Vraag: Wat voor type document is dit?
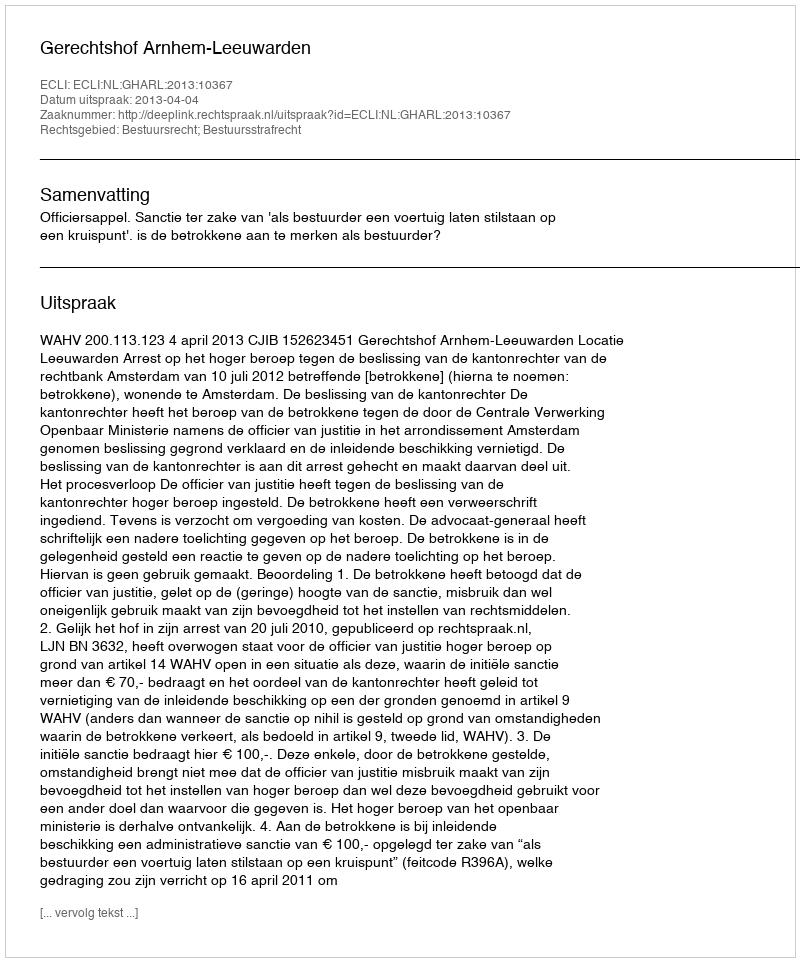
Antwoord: Uitspraak